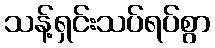
သန့်ရှင်းသပ်ရပ်စွာ